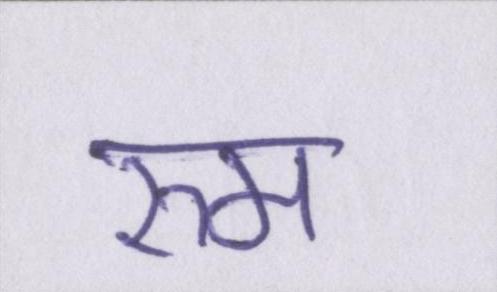
रुम